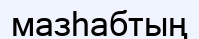
мазһабтың